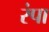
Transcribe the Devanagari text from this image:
रंपा